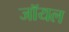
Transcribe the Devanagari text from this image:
जाॅयल